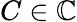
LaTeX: C\in\mathbb C